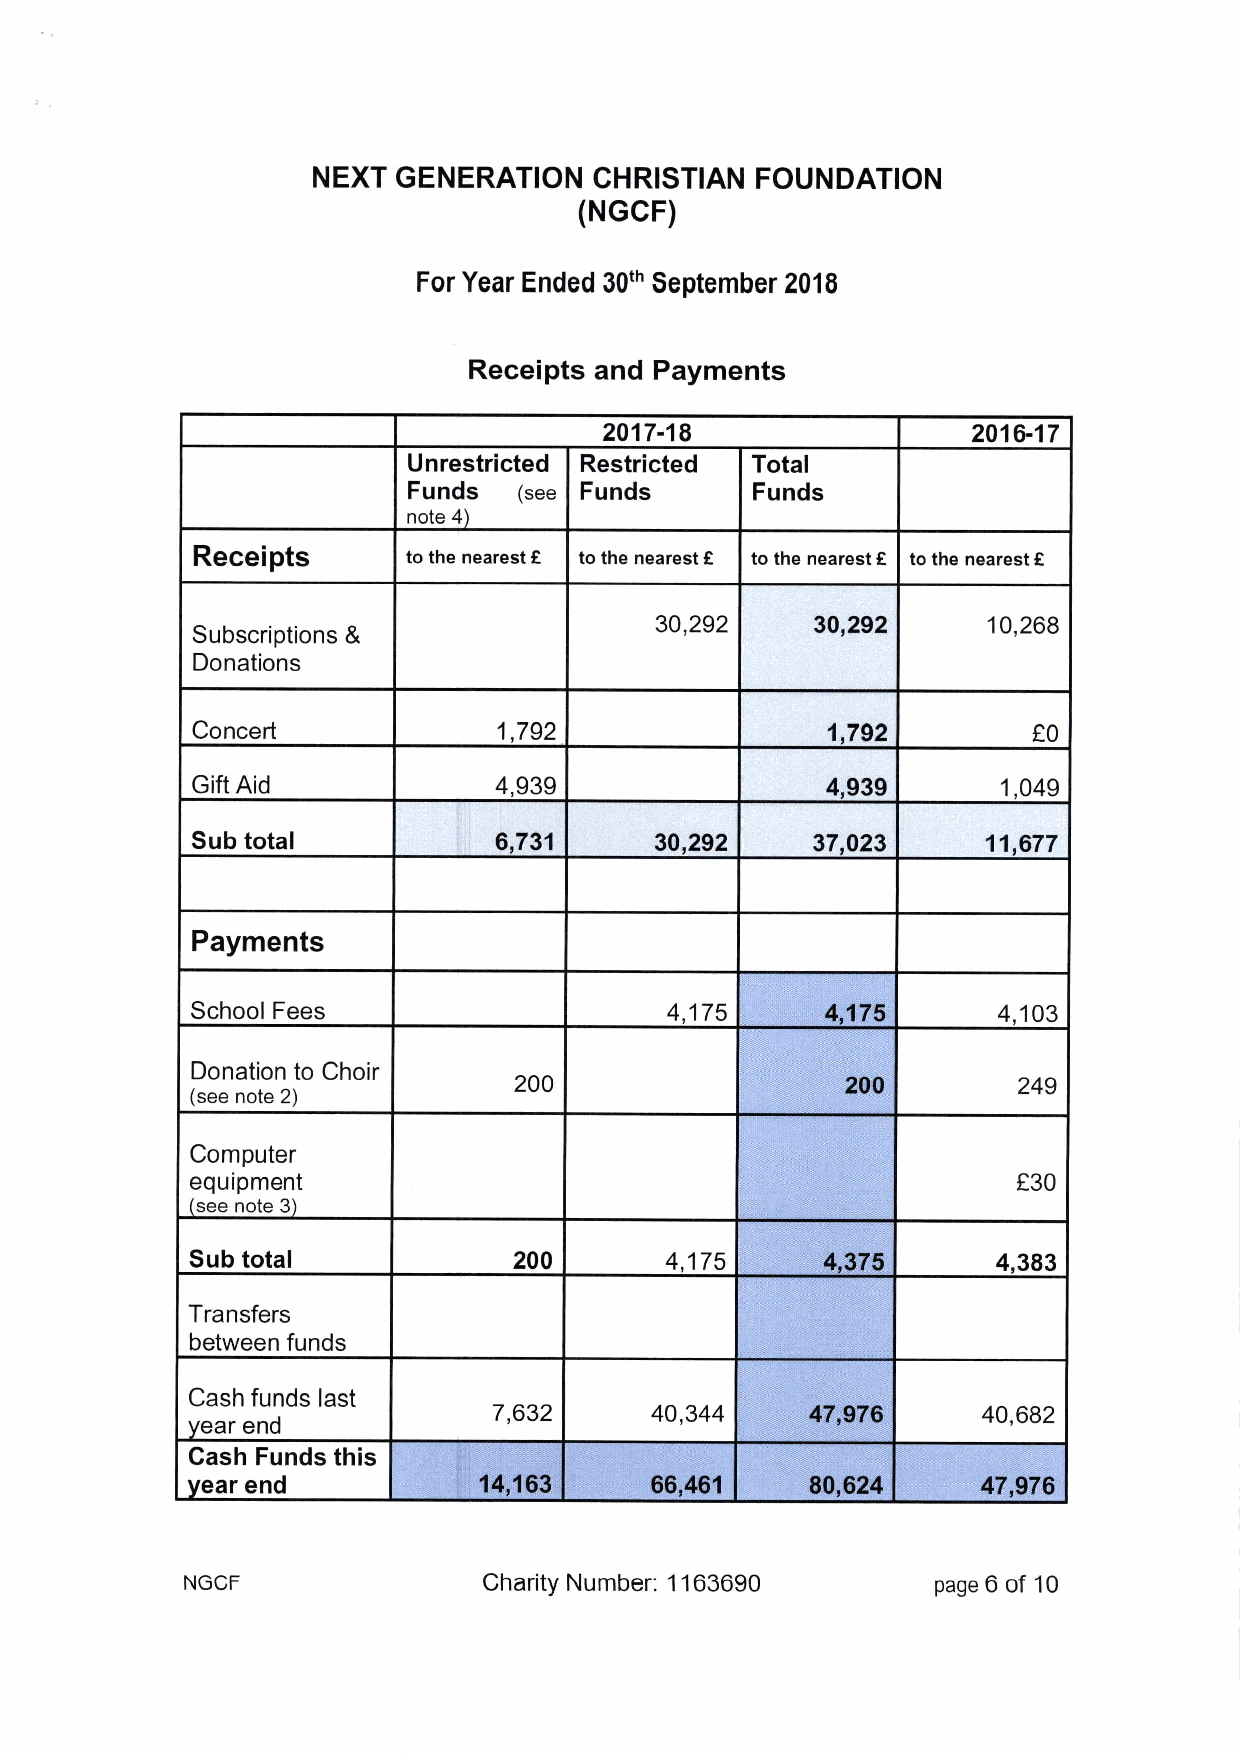
NEXT GENERATION   CHRISTIAN  FOUNDATION
 (NGCF)
 For Year Ended 30th September 2016
 Receipts and Payments
 2017-18                 2016-17
 Unrestricted Restricted Total
 Funds  (see Funds      Funds
 note 4
 Receipts      to the nearest R to the nearest R to the nearest f to the nearest K
 30,292     30,292     10,268
 Subscriptions 8
 Donations
 Concert             1,792                 1 792        EO
 Gift Aid            4,939                 4„939      1,049
 Sub total           6,731     30,292     37,023     11,677
 Payments
 School Fees                    4,175                 4,103
 Donation to Choir
 200                              249
 (see note 2)
 Computer
 equipment                                             f30
 see note 3
 Sub total            200       4,175                 4,383
 Transfers
 between funds
 Cash funds last
 7,632     40,344                40,682
 ear end
 Cash Funds this
 ear end
 NGCF                Charity Number: 1163690       page 6 of 10